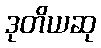
ဒုတိယဆု